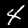
Label: 4